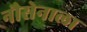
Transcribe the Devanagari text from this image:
नौसेनाला